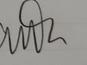
Signature authenticity: genuine